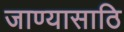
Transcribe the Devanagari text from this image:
जाण्यासाठि